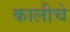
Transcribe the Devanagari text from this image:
कालीचे